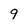
Character: 9